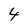
Character: 4